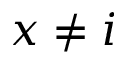
x \ne i